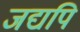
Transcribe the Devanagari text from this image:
जद्यपि